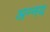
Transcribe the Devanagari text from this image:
अन्‍नय